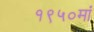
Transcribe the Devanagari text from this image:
१९५०मां